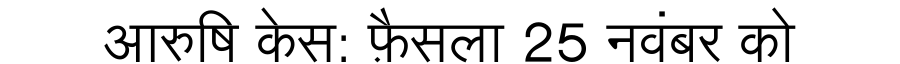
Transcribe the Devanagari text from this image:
आरुषि केस: फ़ैसला 25 नवंबर को